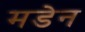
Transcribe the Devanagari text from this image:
मडेन